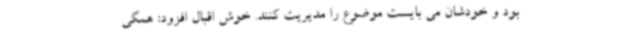
بود و خودشان می بایست موضوع را مدیریت کنند. خوش اقبال افزود: همگی